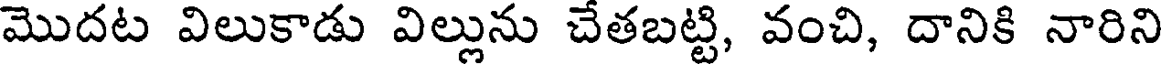
మొదట విలుకాడు విల్లును చేతబట్టి, వంచి, దానికి నారిని